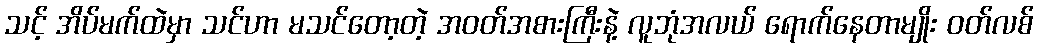
သင့် အိပ်မက်ထဲမှာ သင်ဟာ မသင်တော့တဲ့ အဝတ်အစားကြီးနဲ့ လူဘုံအလယ် ရောက်နေတာမျိုး ဝတ်လစ်